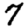
Digit: 7